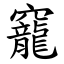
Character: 竉